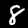
Label: 8